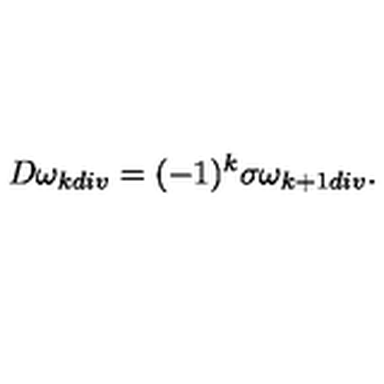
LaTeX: D \omega _ { k d i v } = ( - 1 ) ^ { k } \sigma \omega _ { k + 1 d i v } .